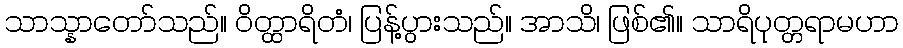
သာသ္နာတော်သည်။ ဝိတ္ထာရိတံ၊ ပြန့်ပွားသည်။ အာသိ၊ ဖြစ်၏။ သာရိပုတ္တရာမဟာ